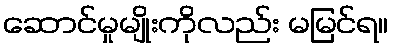
ဆောင်မှုမျိုးကိုလည်း မမြင်ရ။